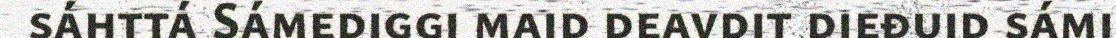
sáhttá Sámediggi maid deavdit dieđuid sámi